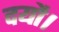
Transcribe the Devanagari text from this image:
दयौ।